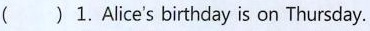
( ) 1.Alice's birthday is on Thursday.